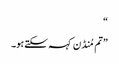
“
”تم مُنڈن کہہ سکتے ہو۔